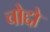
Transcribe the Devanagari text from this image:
चोद्दो